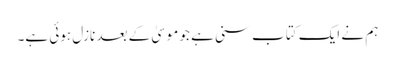
ہم نے ایک کتاب سنی ہے جو موسیٰ کے بعد نازل ہوئی ہے۔